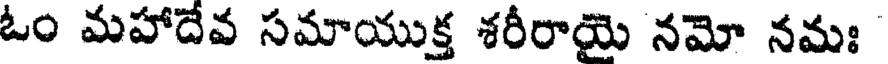
ఓం మహాదేవ సమాయుక్త శరీరాయై నమో నమః